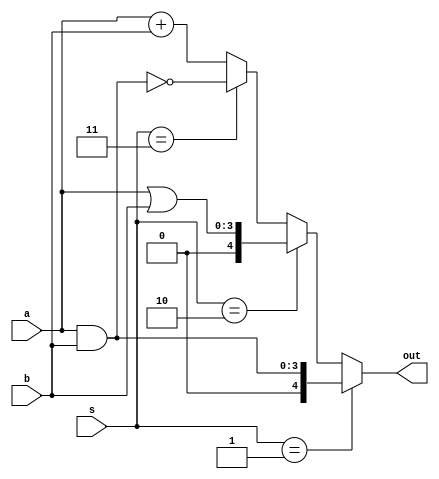
//ALU


module alu(a,b,s,out);
	input [3:0] a;
	input [3:0] b;
	input  [1:0] s;
	output [4:0] out;
	reg [4:0] out1;

	
	always@(a or b or s)
	begin
		if(s==1)
		 	out1 =a & b;
		else if(s==2)
			 out1 =a | b;
		else if(s==3)
			out1 = ~(a & b);
		else
		begin
			out1=a+b;
			if(out1[4]==1) 
			begin
				$display("The sum is performed at t=%t and the end carry is %b",$time,out1[4]);
			end
		end
	end
	assign out=out1;
endmodule